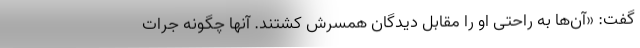
گفت: «آن‌ها به راحتی او را مقابل دیدگان همسرش کشتند. آنها چگونه جرات